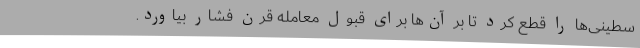
سطینی‌ها را قطع کرد تا بر آن‌ها برای قبول معامله قرن فشار بیاورد.